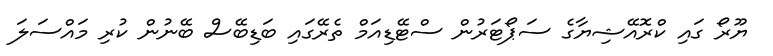
ޔޫރޯ ގައި ކްރޮއޭޝިޔާގެ ސަޕޯޓަރުން ސްޓޭޑިއަމް ތެރޭގައި ބަޑިބޭސް ބޭނުން ކުރި މައްސަލަ